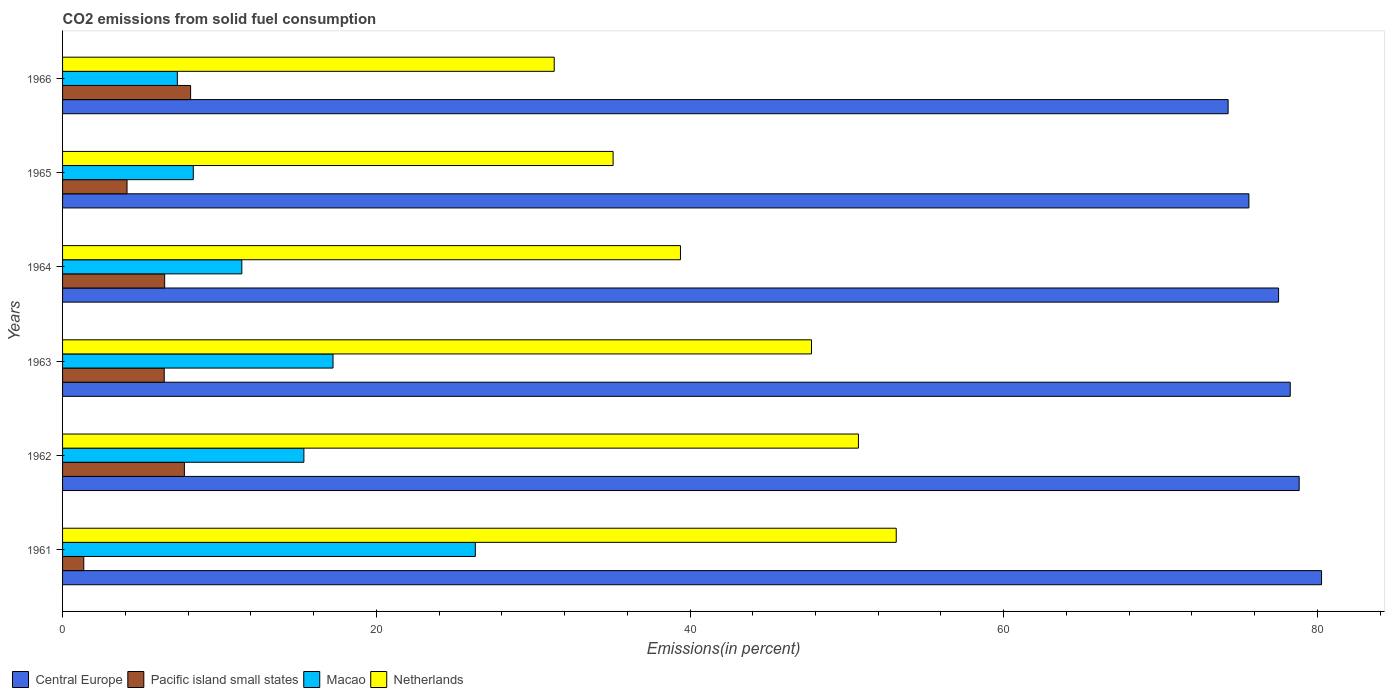
| Years | Central Europe | Pacific island small states | Macao | Netherlands |
 | --- | --- | --- | --- | --- |
 | 1961 | 80.3 | 1.35 | 26.3 | 53.1 |
 | 1962 | 78.8 | 7.77 | 15.4 | 50.7 |
 | 1963 | 78.3 | 6.48 | 17.2 | 47.7 |
 | 1964 | 77.5 | 6.51 | 11.4 | 39.4 |
 | 1965 | 75.6 | 4.11 | 8.33 | 35.1 |
 | 1966 | 74.3 | 8.16 | 7.32 | 31.3 |